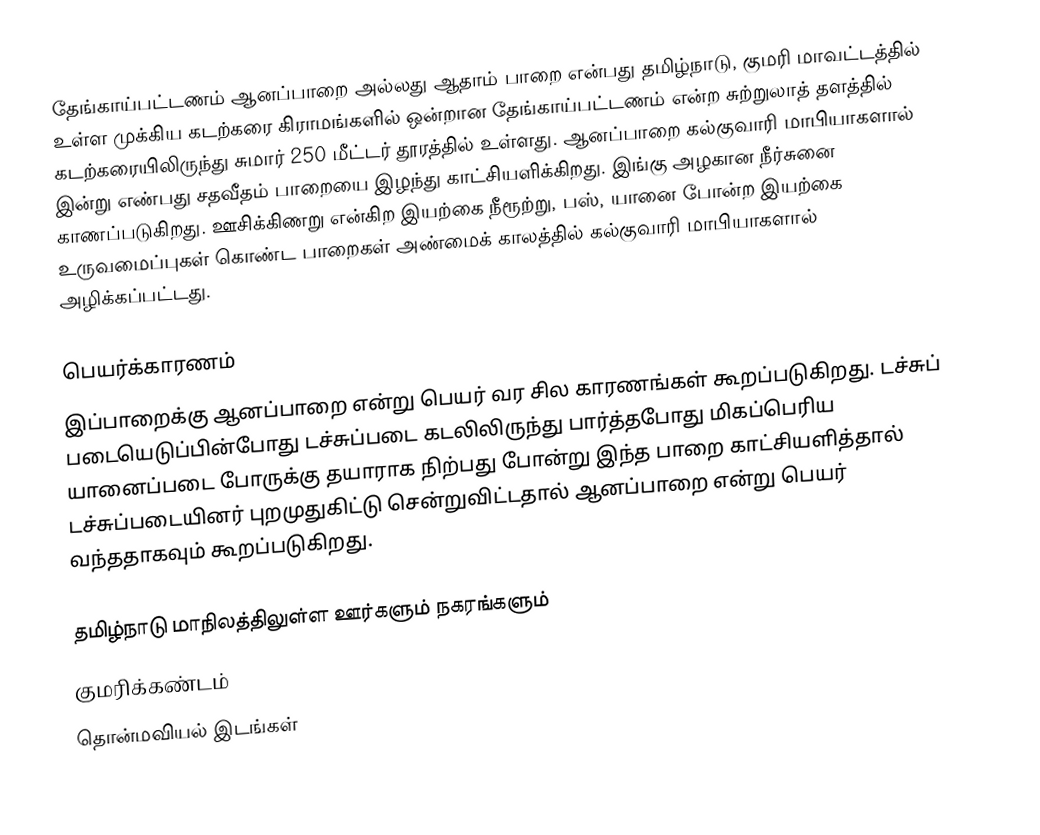
தேங்காய்பட்டணம் ஆனப்பாறை அல்லது ஆதாம் பாறை என்பது தமிழ்நாடு, குமரி மாவட்டத்தில் உள்ள முக்கிய கடற்கரை கிராமங்களில் ஒன்றான தேங்காய்பட்டணம் என்ற சுற்றுலாத் தளத்தில் கடற்கரையிலிருந்து சுமார் 250 மீட்டர் தூரத்தில் உள்ளது. ஆனப்பாறை கல்குவாரி மாபியாகளால் இன்று எண்பது சதவீதம் பாறையை இழந்து காட்சியளிக்கிறது. இங்கு அழகான நீர்சுனை காணப்படுகிறது. ஊசிக்கிணறு என்கிற இயற்கை நீரூற்று, பஸ், யானை போன்ற இயற்கை உருவமைப்புகள் கொண்ட பாறைகள் அண்மைக் காலத்தில் கல்குவாரி மாபியாகளால் அழிக்கப்பட்டது.

பெயர்க்காரணம்
இப்பாறைக்கு ஆனப்பாறை என்று பெயர் வர சில காரணங்கள் கூறப்படுகிறது. டச்சுப் படையெடுப்பின்போது டச்சுப்படை கடலிலிருந்து பார்த்தபோது மிகப்பெரிய யானைப்படை போருக்கு தயாராக நிற்பது போன்று இந்த பாறை காட்சியளித்தால் டச்சுப்படையினர் புறமுதுகிட்டு சென்றுவிட்டதால் ஆனப்பாறை என்று பெயர் வந்ததாகவும் கூறப்படுகிறது.

தமிழ்நாடு மாநிலத்திலுள்ள ஊர்களும் நகரங்களும்
குமரிக்கண்டம்
தொன்மவியல் இடங்கள்